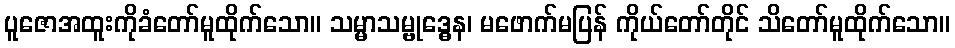
ပူဇောအထူးကိုခံတော်မူထိုက်သော။ သမ္မာသမ္ဗုဒ္ဓေန၊ မဖောက်မပြန် ကိုယ်တော်တိုင် သိတော်မူထိုက်သော။